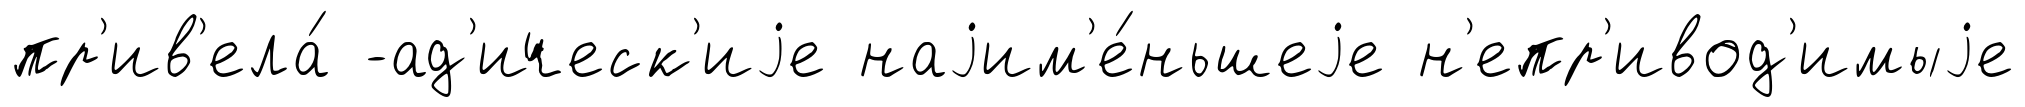
пр'ив'ела́ -ад'ическ'иjе наjим'е́ньшеjе н'епр'ивод'имыjе